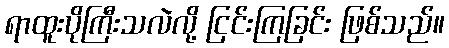
ရာထူးပိုကြီးသလဲလို့ ငြင်းကြခြင်း ဖြစ်သည်။